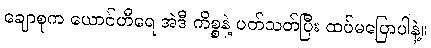
ချောစုက ယောင်ဟီရေ အဲဒီ ကိစ္စနဲ့ ပတ်သတ်ပြီး ထပ်မပြောပါနဲ့။